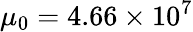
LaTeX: \mu_{0}=4.66\times 10^{7}